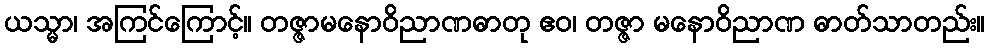
ယသ္မာ၊ အကြင်ကြောင့်။ တဇ္ဇာမနောဝိညာဏဓာတု ဧဝ၊ တဇ္ဇာ မနောဝိညာဏ ဓာတ်သာတည်း။